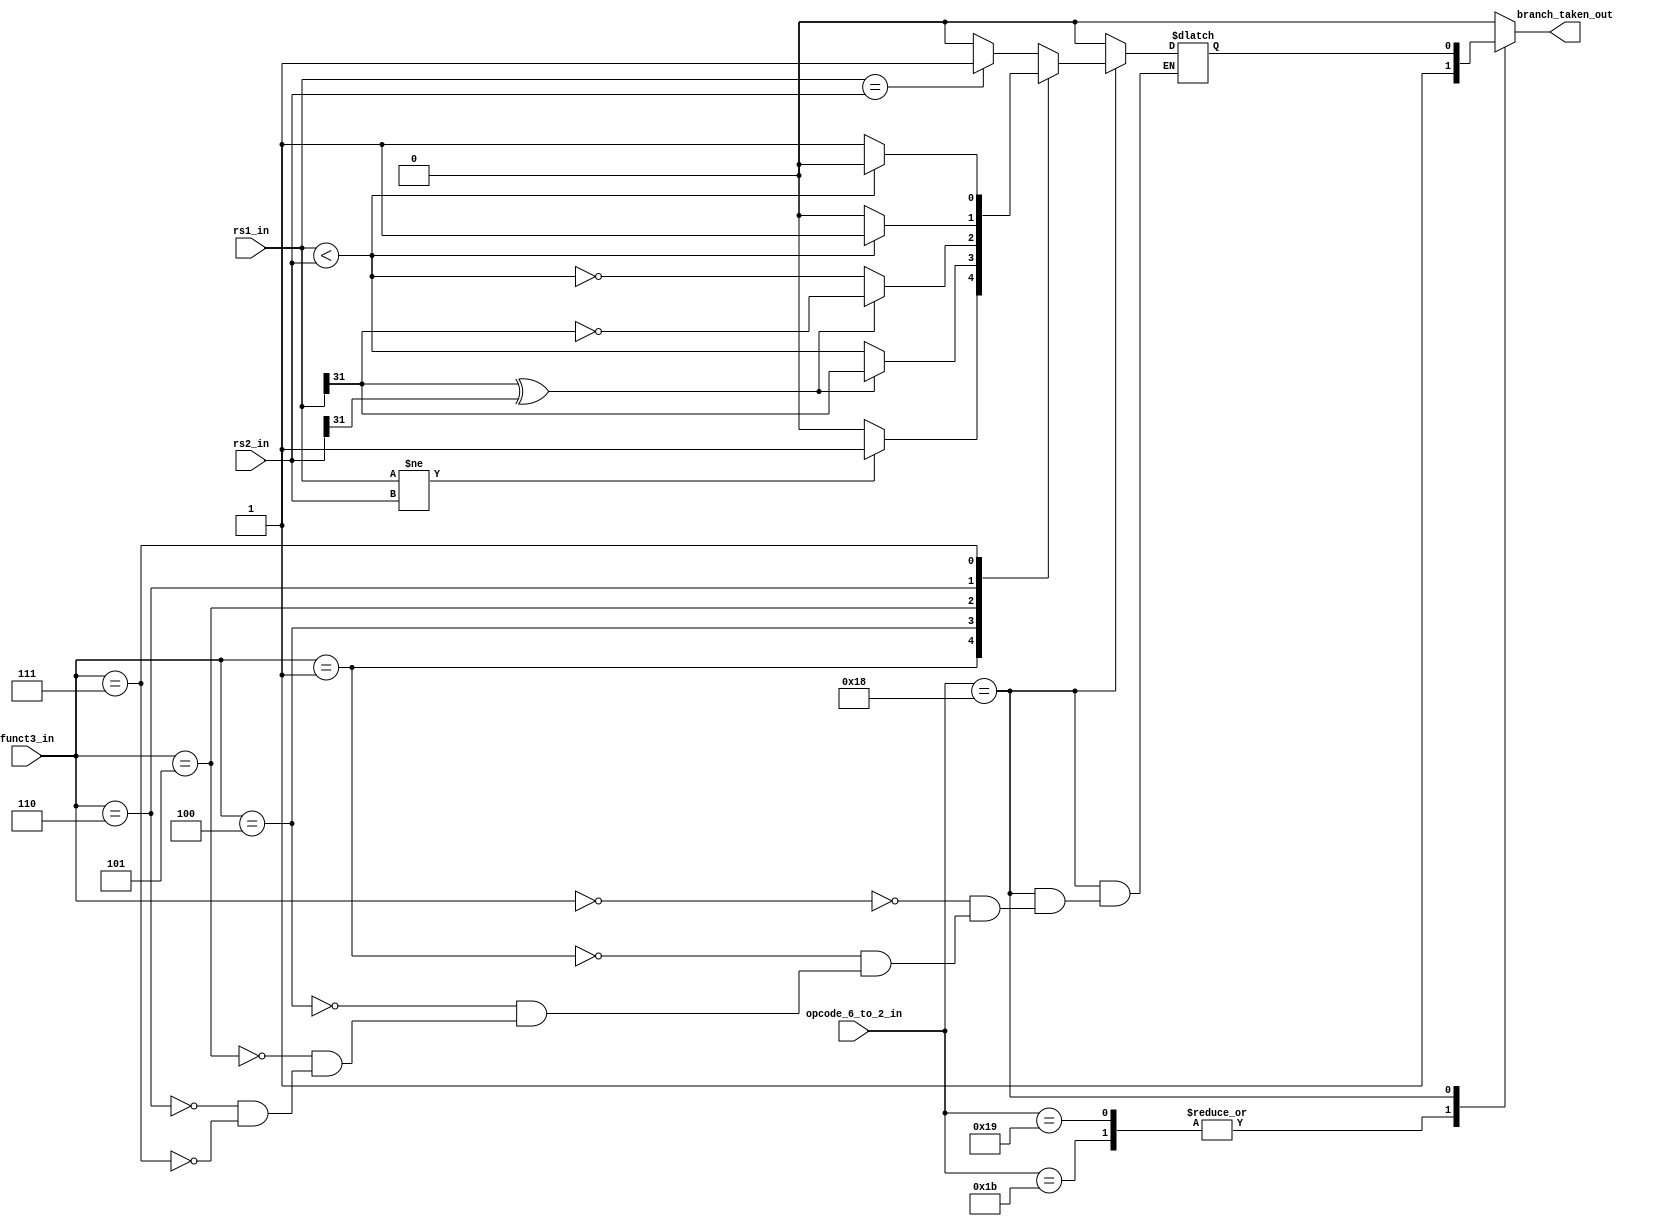
module Branch_unit(
  input [31:0] rs1_in,
  input [31:0] rs2_in,
  input [4:0] opcode_6_to_2_in,
  input [2:0] funct3_in,
  output reg branch_taken_out
);
  reg take;

  parameter JAL = 5'b11011;
  parameter JALR = 5'b11001;
  parameter Branch = 5'b11000;

  always @(*)
  begin
    // Assign a default value to 'take'
    case (opcode_6_to_2_in)
      JAL: branch_taken_out = 1;
      JALR: branch_taken_out = 1;
      Branch: branch_taken_out=take;
      default:branch_taken_out=0;
     endcase
 if(opcode_6_to_2_in==Branch)
 begin
        case (funct3_in)
          3'b000: take = (rs1_in == rs2_in) ? 1'b1 : 1'b0;
          3'b001: take = (rs1_in != rs2_in) ? 1'b1 : 1'b0;
          3'b100: take = (rs1_in[31] ^ rs2_in[31]) ? rs1_in[31] : (rs1_in < rs2_in);
          3'b101: take = (rs1_in[31] ^ rs2_in[31]) ? !rs1_in[31] : !(rs1_in < rs2_in);
          3'b110: take = (rs1_in < rs2_in) ? 1'b1 : 1'b0;
          3'b111: take = !(rs1_in < rs2_in) ? 1'b1 : 1'b0;
        endcase
 end
 else
	take=0;
  end
endmodule